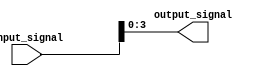
module bit_select_assign(
    input [7:0] input_signal,
    output reg [3:0] output_signal
);

assign output_signal = input_signal[3:0]; // bit-select assign statement

endmodule